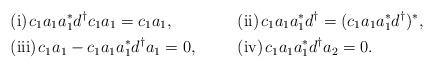
LaTeX: \begin{align*}&\hbox{\rm (i)}\hskip.05truecm c_1a_1a_1^*d^\dag c_1a_1=c_1a_1,& &\hbox{\rm (ii)}\hskip.05truecm c_1a_1a_1^*d^\dag =(c_1a_1a_1^*d^\dag)^*,&\\&\hbox{\rm (iii)}\hskip.05truecm c_1a_1-c_1a_1a_1^*d^\dag a_1=0,& & \hbox{\rm (iv)}\hskip.05truecm c_1a_1a_1^*d^\dag a_2=0.&\\\end{align*}